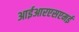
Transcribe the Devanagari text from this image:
आईआरएसएमई